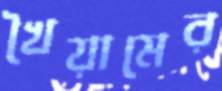
খৈয়ামের